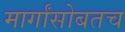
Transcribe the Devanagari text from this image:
मार्गांसोबतच